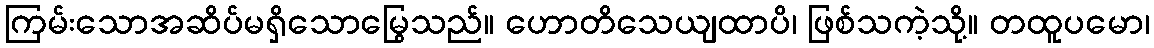
ကြမ်းသောအဆိပ်မရှိသောမြွေသည်။ ဟောတိသေယျထာပိ၊ ဖြစ်သကဲ့သို့။ တထူပမော၊